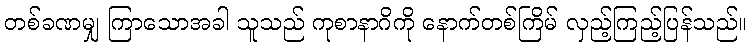
တစ်ခဏမျှ ကြာသောအခါ သူသည် ကုစာနာဂိကို နောက်တစ်ကြိမ် လှည့်ကြည့်ပြန်သည်။